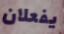
يفعلان